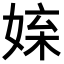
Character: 𡝥